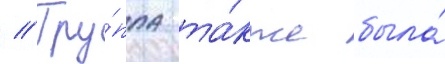
// Гру́ппа та́кже была́